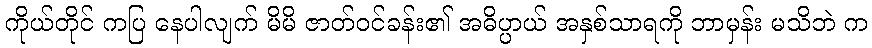
ကိုယ်တိုင် ကပြ နေပါလျက် မိမိ ဇာတ်ဝင်ခန်း၏ အဓိပ္ပာယ် အနှစ်သာရကို ဘာမှန်း မသိဘဲ က